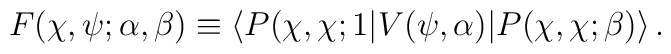
F(\chi,\psi;\alpha,\beta)\equiv\langle P(\chi,\chi;1|V(\psi,\alpha)|P(\chi,\chi;\beta)\rangle\,.